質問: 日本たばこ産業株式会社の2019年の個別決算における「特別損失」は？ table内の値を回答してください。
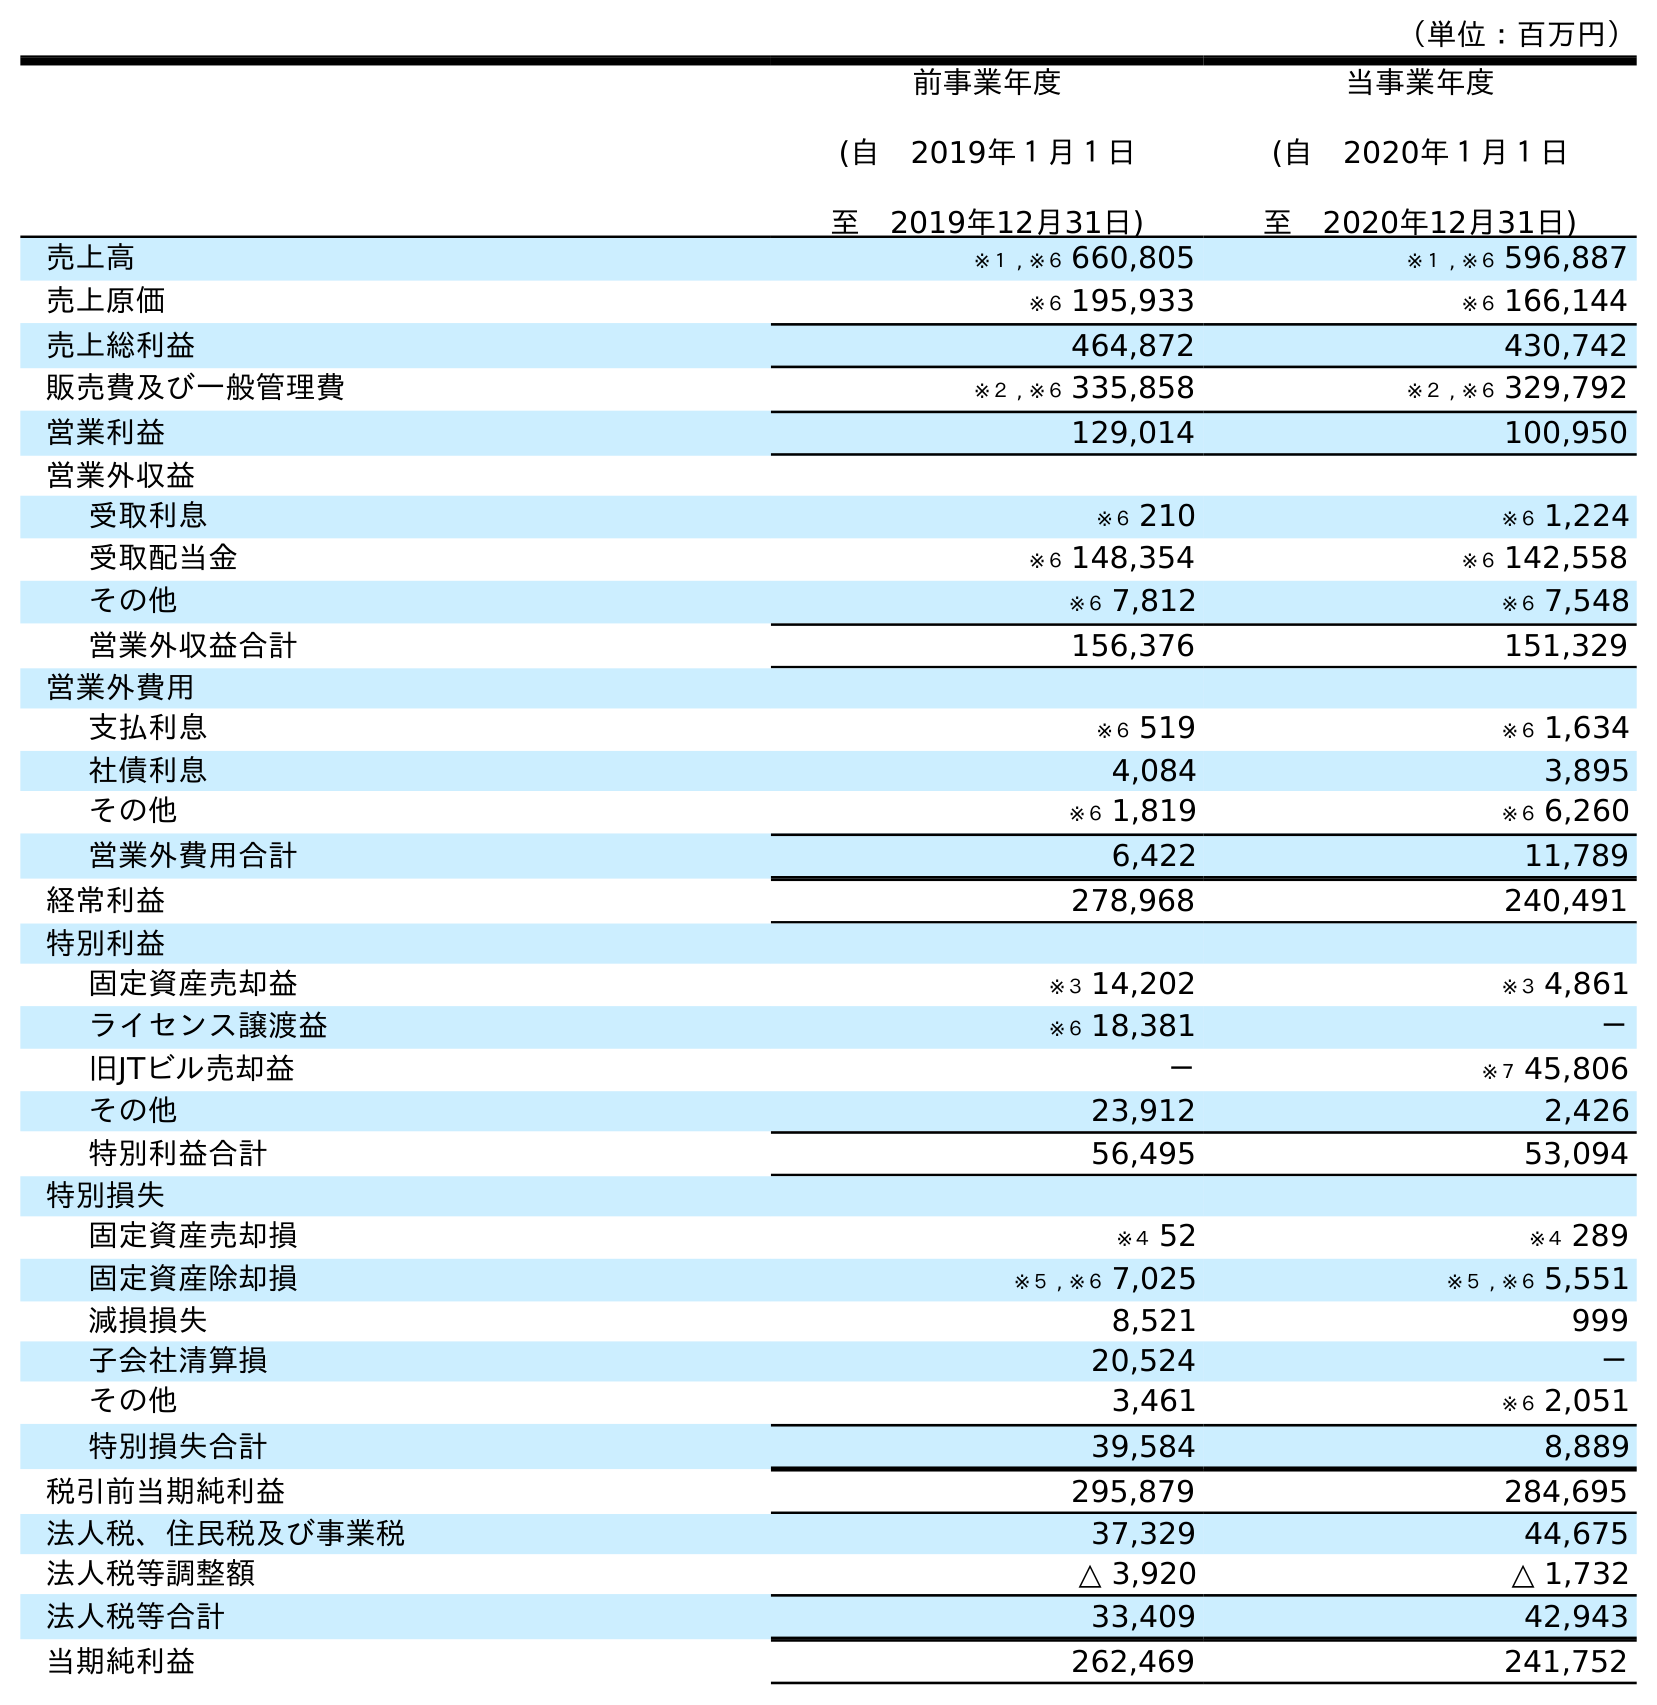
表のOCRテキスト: （単位：百万円） 前事業年度 (自 2019年１月１日 至 2019年12月31日) 当事業年度 (自 2020年１月１日 至 2020年12月31日) 売上高 ※１ , ※６ 660,805 ※１ , ※６ 596,887 売上原価 ※６ 195,933 ※６ 166,144 売上総利益 464,872 430,742 販売費及び一般管理費 ※２ , ※６ 335,858 ※２ , ※６ 329,792 営業利益 129,014 100,950 営業外収益 受取利息 ※６ 210 ※６ 1,224 受取配当金 ※６ 148,354 ※６ 142,558 その他 ※６ 7,812 ※６ 7,548 営業外収益合計 156,376 151,329 営業外費用 支払利息 ※６ 519 ※６ 1,634 社債利息 4,084 3,895 その他 ※６ 1,819 ※６ 6,260 営業外費用合計 6,422 11,789 経常利益 278,968 240,491 特別利益 固定資産売却益 ※３ 14,202 ※３ 4,861 ライセンス譲渡益 ※６ 18,381 － 旧JTビル売却益 － ※７ 45,806 その他 23,912 2,426 特別利益合計 56,495 53,094 特別損失 固定資産売却損 ※４ 52 ※４ 289 固定資産除却損 ※５ , ※６ 7,025 ※５ , ※６ 5,551 減損損失 8,521 999 子会社清算損 20,524 － その他 3,461 ※６ 2,051 特別損失合計 39,584 8,889 税引前当期純利益 295,879 284,695 法人税、住民税及び事業税 37,329 44,675 法人税等調整額 △ 3,920 △ 1,732 法人税等合計 33,409 42,943 当期純利益 262,469 241,752
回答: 39,584